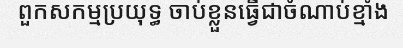
ពួកសកម្មប្រយុទ្ធ ចាប់ខ្លួនធ្វើជាចំណាប់ខ្មាំង